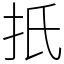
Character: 扺